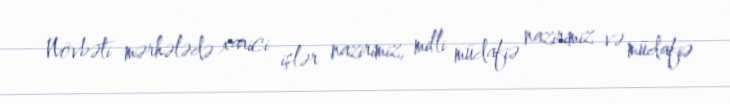
Növbəti mərhələdə xarici işlər nazirimiz, milli müdafiə nazirimiz və müdafiə